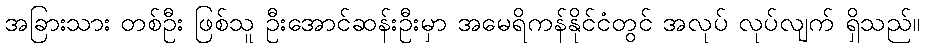
အခြားသား တစ်ဦး ဖြစ်သူ ဦးအောင်ဆန်းဦးမှာ အမေရိကန်နိုင်ငံတွင် အလုပ် လုပ်လျက် ရှိသည်။